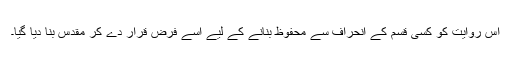
اس روایت کو کسی قسم کے انحراف سے محفوظ بنانے کے لیے اسے فرض قرار دے کر مقدس بنا دیا گیا۔